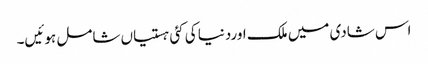
اس شادی میں ملک اوردنیا کی کئی ہستیاں شامل ہوئیں۔